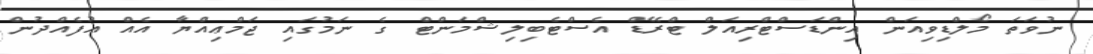
ނުވަތަ މޯލްޑިވިއަން އިންޑަސްޓްރިއަލް ޓްރޭޑް އެސްޓެބިލިޝްމަންޓް ގެ ނަމުގައި ޖަމްޢިއްޔާ އެއް އުފެއްދުން